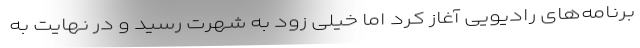
برنامه‌های رادیویی آغاز کرد اما خیلی زود به شهرت رسید و در نهایت به